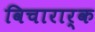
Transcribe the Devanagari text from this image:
विचारार्क